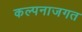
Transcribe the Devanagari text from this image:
कल्पनाजगत